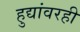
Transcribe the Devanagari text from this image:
हुद्यांवरही